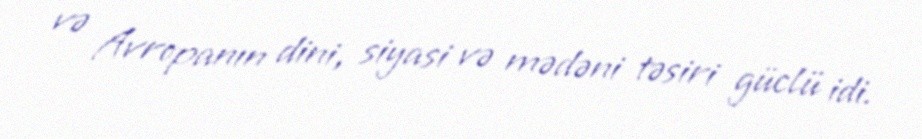
və Avropanın dini, siyasi və mədəni təsiri güclü idi.